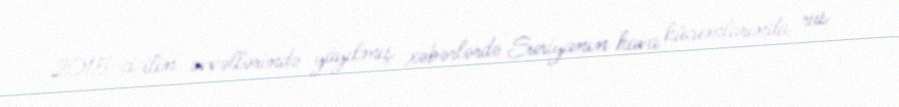
2015-ci ilin əvvəllərində yayılmış xəbərlərdə Suriyanın hava hücumlarında rus